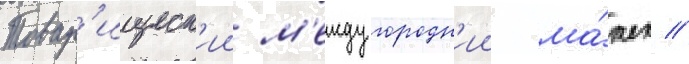
Товар'ищеск'ии м'еждугородн'ии ма́тч //